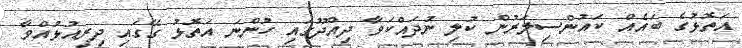
އަތޮޅުގެ ބައެއް ކައުންސިލަރުން ކުލި ނުދައްކަވާ ދިއްދޫގައި ހުންނަ އަތޮޅު ގޭގައި ދިރިއުޅުއްވާ